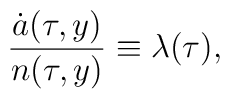
\frac{\dot a(\tau,y)}{n(\tau,y)} \equiv \lambda(\tau),